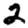
Digit: 2